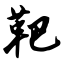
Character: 靶